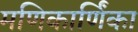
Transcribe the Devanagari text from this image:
मणिकार्णिंका